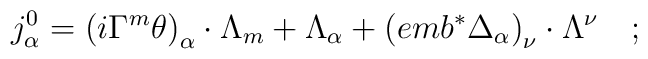
j_\alpha ^0=\left( i\Gamma ^m\theta \right) _\alpha \cdot \Lambda_m+\Lambda _\alpha +\left( emb^{*}\Delta _\alpha \right) _\nu \cdot \Lambda^\nu \quad ;